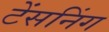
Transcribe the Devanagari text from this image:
टेंसनिंग